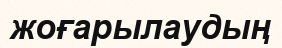
жоғарылаудың